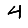
Digit: 4